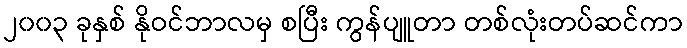
၂၀၀၃ ခုနှစ် နိုဝင်ဘာလမှ စပြီး ကွန်ပျူတာ တစ်လုံးတပ်ဆင်ကာ